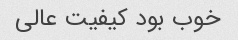
خوب بود کیفیت عالی